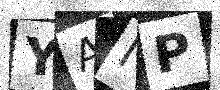
Text: YAIP